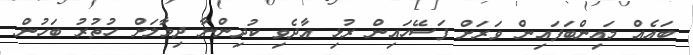
ބައެއް މައިންބަފައިން ވަރަށް ފަސޭހައިން ރުޅި އާދެވި ކުދިންނާ ދިމާލަށް ހުތުރު ބަހުން